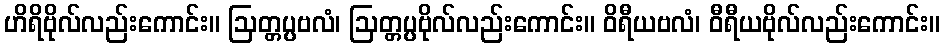
ဟိရိဗိုလ်လည်းကောင်း။ ဩတ္တပ္ပဗလံ၊ ဩတ္တပ္ပဗိုလ်လည်းကောင်း။ ဝိရီယဗလံ၊ ဝီရီယဗိုလ်လည်းကောင်း။